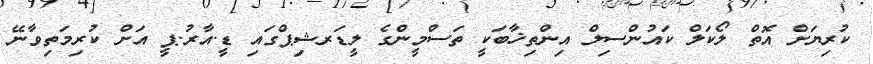
ކުރިޔަށް އޮތް ލޯކަލް ކައުންސިލް އިންތިޚާބަކީ ތަސްމީންގެ ލީޑަރޝިޕްގައި ޑީ.އާރު.ޕީ އަށް ކުރިމަތިވާނޭ